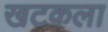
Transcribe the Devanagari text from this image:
खटकला